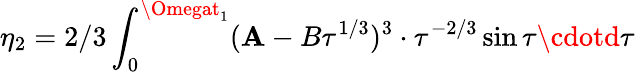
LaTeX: \eta_{2}=2/3\int_{0}^{\Omegat_{1}}(\mathbf{A}-B\tau^{1/3})^{3}\cdot\tau^{-2/3}\sin\tau\cdotd\tau